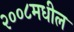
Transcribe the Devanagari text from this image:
२००८मधील